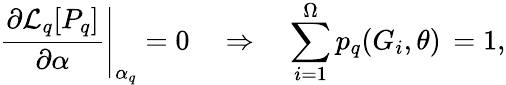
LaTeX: \left.\frac{\partial\mathcal{L}_{q}[P_{q}]}{\partial\alpha}\right|_{\alpha_{q}}=0\quad\Rightarrow\quad\sum_{i=1}^{\Omega}p_{q}(G_{i},\theta)\, =1,